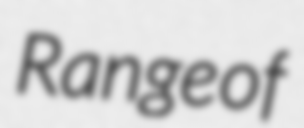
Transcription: Range of